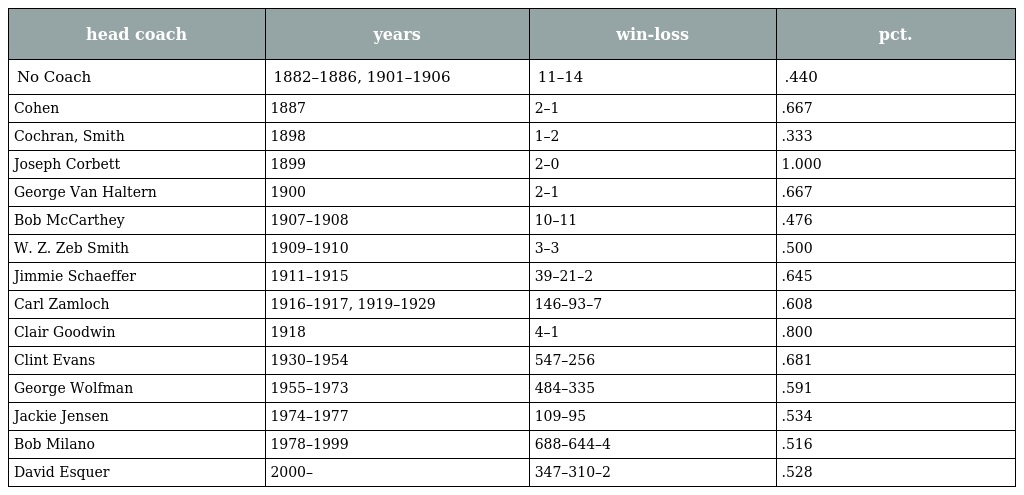
| head coach | years | win-loss | pct. |
 | --- | --- | --- | --- |
 | No Coach | 1882–1886, 1901–1906 | 11–14 | .440 |
 | Cohen | 1887 | 2–1 | .667 |
 | Cochran, Smith | 1898 | 1–2 | .333 |
 | Joseph Corbett | 1899 | 2–0 | 1.000 |
 | George Van Haltern | 1900 | 2–1 | .667 |
 | Bob McCarthey | 1907–1908 | 10–11 | .476 |
 | W. Z. Zeb Smith | 1909–1910 | 3–3 | .500 |
 | Jimmie Schaeffer | 1911–1915 | 39–21–2 | .645 |
 | Carl Zamloch | 1916–1917, 1919–1929 | 146–93–7 | .608 |
 | Clair Goodwin | 1918 | 4–1 | .800 |
 | Clint Evans | 1930–1954 | 547–256 | .681 |
 | George Wolfman | 1955–1973 | 484–335 | .591 |
 | Jackie Jensen | 1974–1977 | 109–95 | .534 |
 | Bob Milano | 1978–1999 | 688–644–4 | .516 |
 | David Esquer | 2000– | 347–310–2 | .528 |